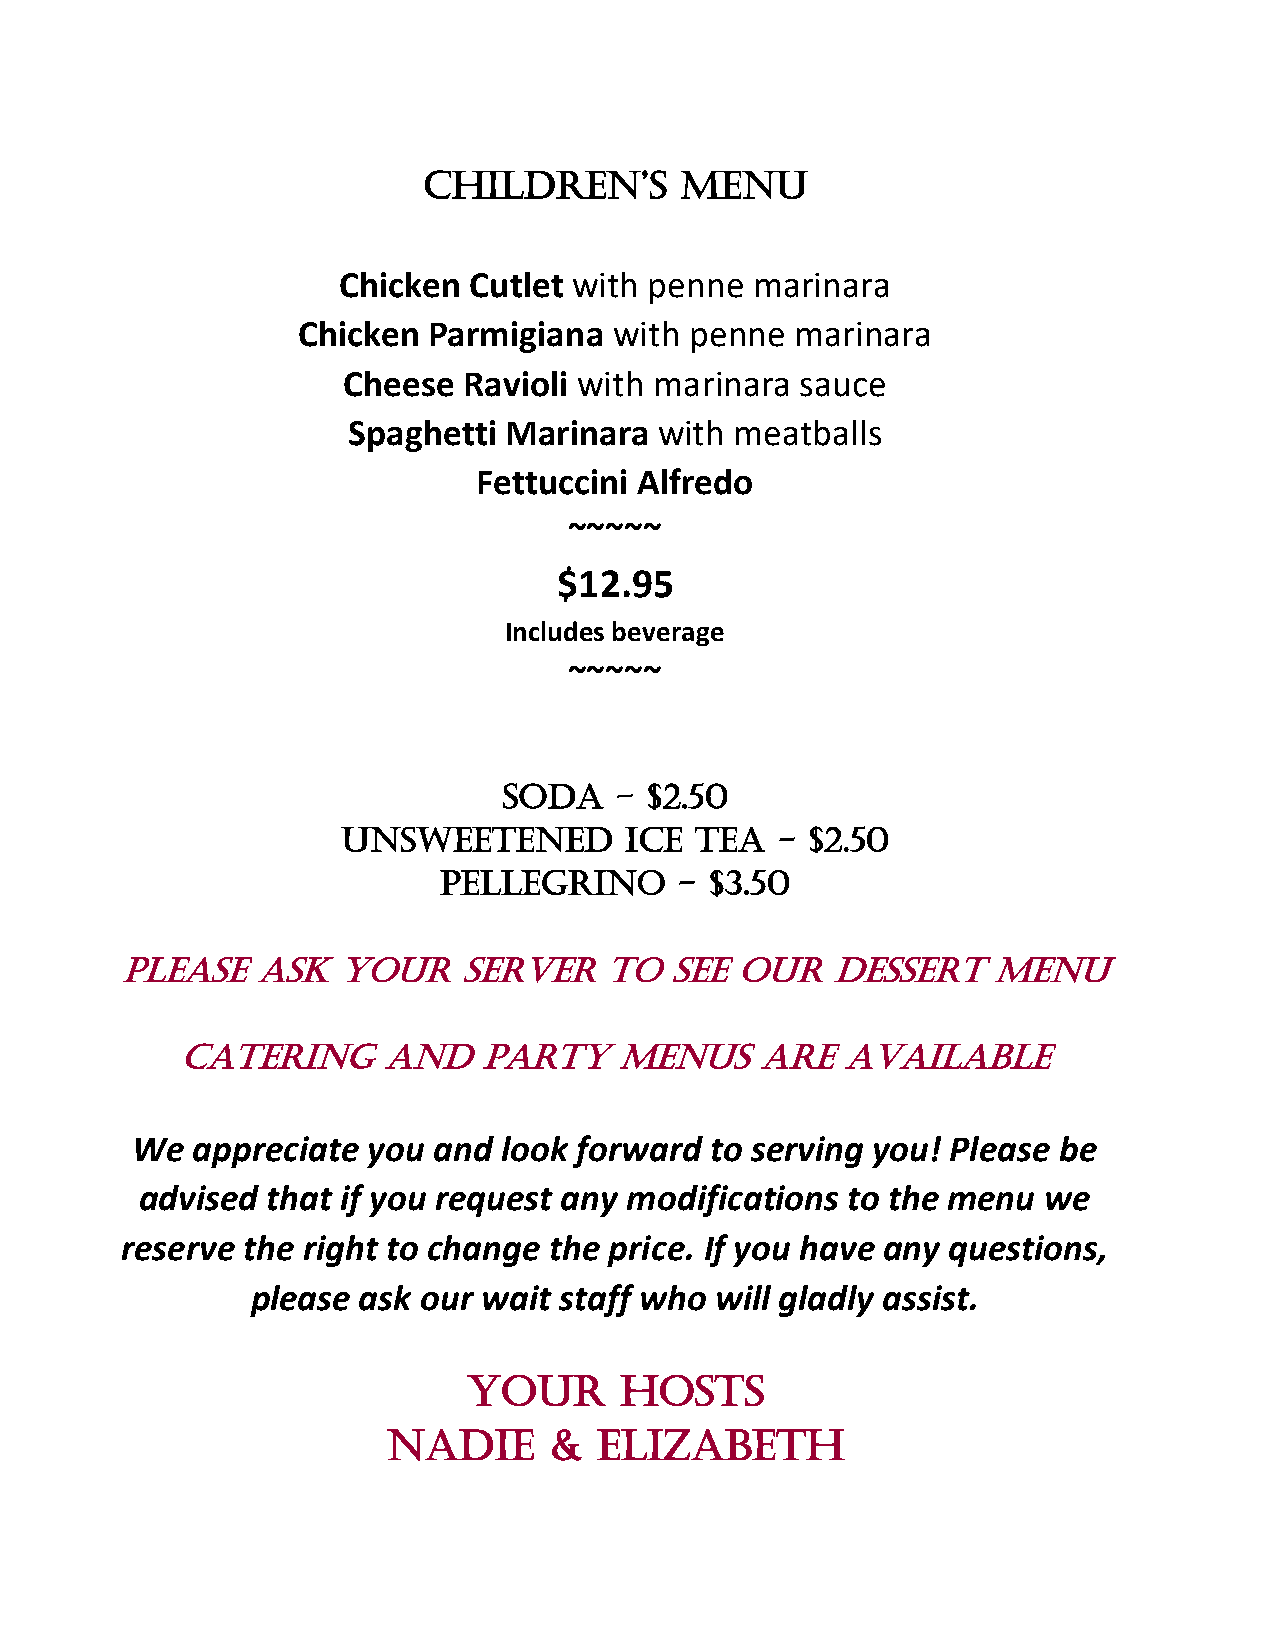
Children’s       Menu
 Chicken  Cutlet with penne  marinara
 Chicken Parmigiana   with penne  marinara
 Cheese  Ravioli with marinara sauce
 Spaghetti Marinara   with meatballs
 Fettuccini Alfredo
 ~~~~~
 $12.95
 Includes beverage
 ~~~~~
 Soda    - $2.50
 Unsweetened       Ice  Tea  -  $2.50
 Pellegrino      - $3.50
 Please   ask   your    server   to  see  our   dessert    menu
 Catering     and    Party    Menus    are   available
 We  appreciate you  and look forward  to serving you! Please be
 advised  that if you request any modifications to the menu  we
 reserve the right to change the price. If you have any questions,
 please ask our wait staff who will gladly assist.
 Your      Hosts
 Nadie     &   Elizabeth